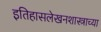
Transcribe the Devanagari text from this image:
इतिहासलेखनशास्त्राच्या